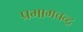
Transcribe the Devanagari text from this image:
प्रभागचन्द्र